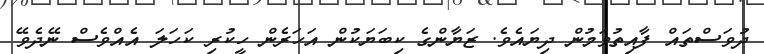
ދުވަސްތައް ފާއިތުވަމުން ދިޔައެވެ. ޒަޔާންގެ ކިބަޔަކުން އަހަރެން ހީކުރި ކަހަލަ އެއްވެސް ނޭދެވޭ